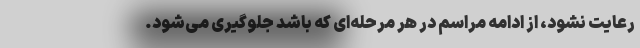
رعایت نشود، از ادامه مراسم در هر مرحله‌ای که باشد جلوگیری می‌شود.